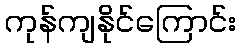
ကုန်ကျနိုင်ကြောင်း